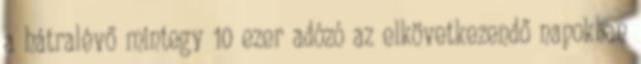
a hátralévő mintegy 10 ezer adózó az elkövetkezendő napokban